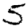
Digit: 5